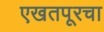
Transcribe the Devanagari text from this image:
एखतपूरचा